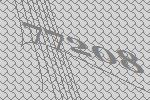
77208